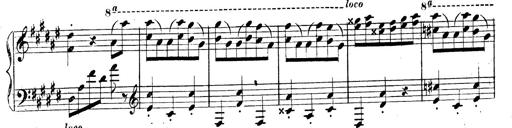
Title: 3 Caprices-Valses
Composer: Franz Liszt